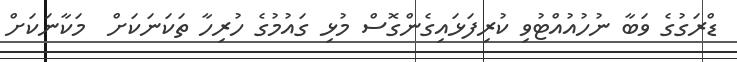
ޑްރަގުގެ ވަބާ ނުހުއުއްޓުވި ކުރިފަޅައިގެންގޮސް މުޅި ގައުމުގެ ހުރިހާ ތަކަނަކަށް  މަކާނަކަށް